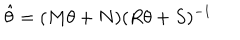
\hat { \theta } = ( M \theta + N ) ( R \theta + S ) ^ { - 1 }